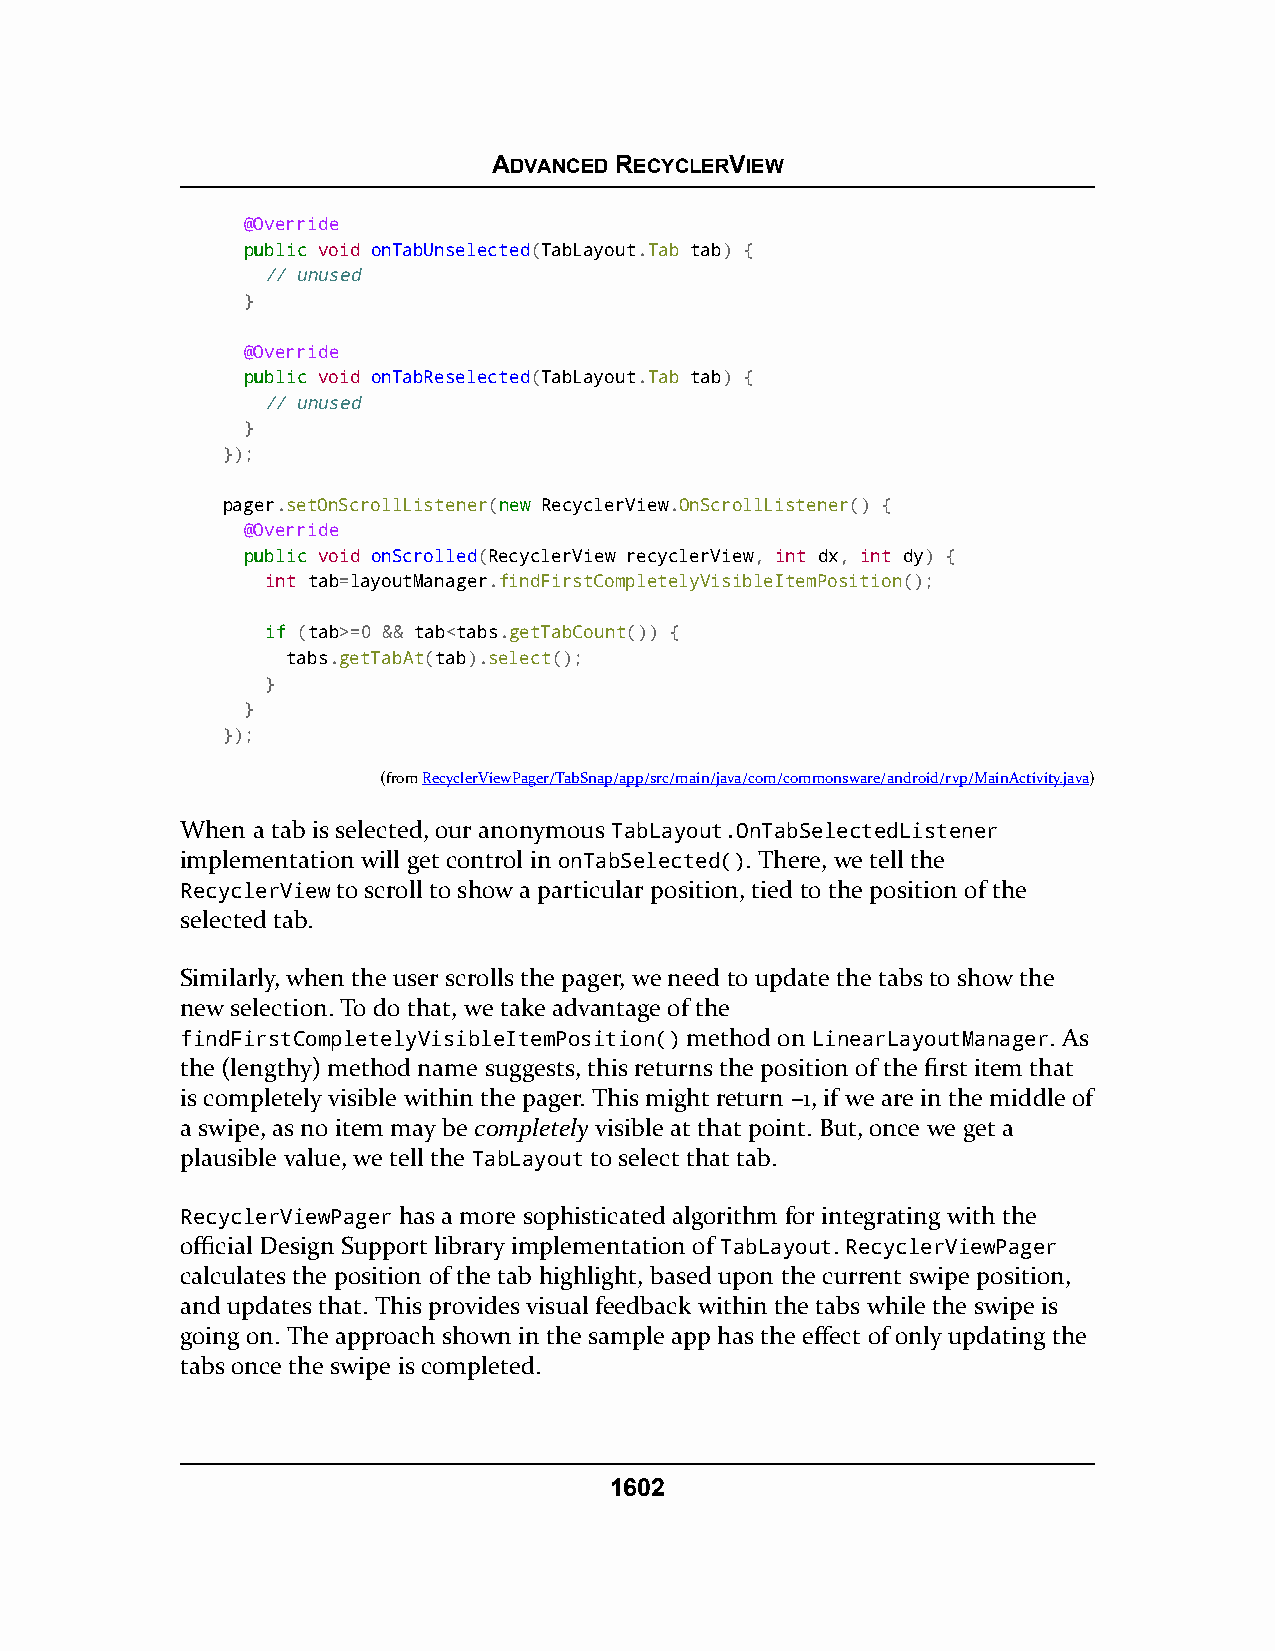
ADVANCED RECYCLERVIEW
 @Override
 ppuubblliicc void onTabUnselected(TabLayout.Tab tab) {
 // unused
 }
 @Override
 ppuubblliicc void onTabReselected(TabLayout.Tab tab) {
 // unused
 }
 });
 pager.setOnScrollListener(nneeww RecyclerView.OnScrollListener() {
 @Override
 ppuubblliicc void onScrolled(RecyclerView recyclerView, int dx, int dy) {
 int tab=layoutManager.findFirstCompletelyVisibleItemPosition();
 iiff (tab>=0 && tab<tabs.getTabCount()) {
 tabs.getTabAt(tab).select();
 }
 }
 });
 (fromRecyclerViewPager/TabSnap/app/src/main/java/com/commonsware/android/rvp/MainActivity.java)
 When a tab is selected, our anonymous TabLayout.OnTabSelectedListener
 implementation will get control in onTabSelected(). There, we tell the
 RecyclerView to scroll to show a particular position, tied to the position of the
 selected tab.
 Similarly, when the user scrolls the pager, we need to update the tabs to show the
 new selection. To do that, we take advantage of the
 findFirstCompletelyVisibleItemPosition() method on LinearLayoutManager. As
 the (lengthy) method name suggests, this returns the position of the first item that
 is completely visible within the pager. This might return –1, if we are in the middle of
 a swipe, as no item may be completely visible at that point. But, once we get a
 plausible value, we tell the TabLayout to select that tab.
 RecyclerViewPager has a more sophisticated algorithm for integrating with the
 official Design Support library implementation of TabLayout. RecyclerViewPager
 calculates the position of the tab highlight, based upon the current swipe position,
 and updates that. This provides visual feedback within the tabs while the swipe is
 going on. The approach shown in the sample app has the effect of only updating the
 tabs once the swipe is completed.
 1602